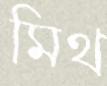
মিথ